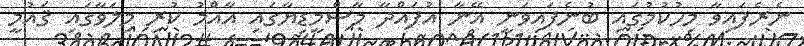
ނެރެފައިވާ މިހުކުމުގައި ބުނެފައިވަނީ އޭނާ އުފައްދާ މާސްމީޑިޔާގައި އާއްމު ކުރި މިލަވާގައި ޤައުމީ